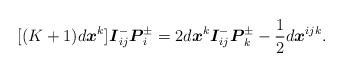
LaTeX: \begin{align*}\lbrack (K+1)d\boldsymbol{x}^{k}]\boldsymbol{I}_{ij}^{-}\boldsymbol{P}_{i}^{\pm }=2d\boldsymbol{x}^{k}\boldsymbol{I}_{ij}^{-}\boldsymbol{P}_{k}^{\pm }-\frac{1}{2}d\boldsymbol{x}^{ijk}.\end{align*}